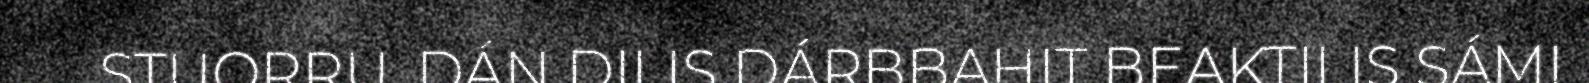
STUORRU. DÁN DILIS DÁRBBAHIT BEAKTILIS SÁMI